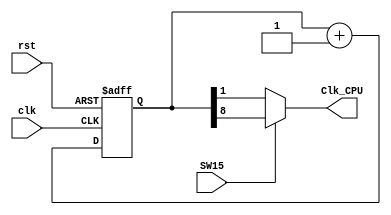
//`timescale 1ns / 1ps
module clk_div( input clk,
                input rst,
                input SW15,
                output Clk_CPU
              );

// Clock divider-

  reg[31:0]clkdiv;

  always @ (posedge clk or posedge rst) begin 
    if (rst) clkdiv <= 0; else clkdiv <= clkdiv + 1'b1; end

assign Clk_CPU=(SW15)? clkdiv[8] : clkdiv[1];
//assign Clk_CPU= clkdiv[8]; 

endmodule